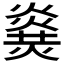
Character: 𤎫